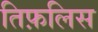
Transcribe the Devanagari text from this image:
तिफ़लिस